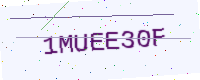
Text: 1MUEE30F